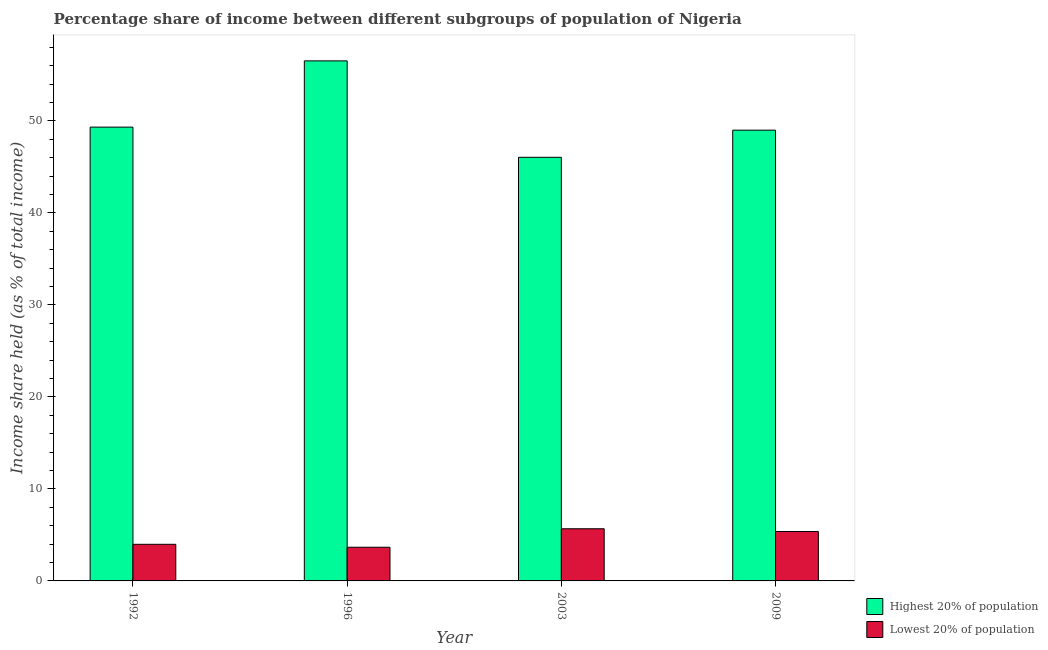
| Year | Highest 20% of population | Lowest 20% of population |
 | --- | --- | --- |
 | 1992 | 49.3 | 3.98 |
 | 1996 | 56.5 | 3.66 |
 | 2003 | 46 | 5.67 |
 | 2009 | 49 | 5.37 |